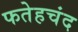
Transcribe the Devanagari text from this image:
फतेहचंद